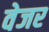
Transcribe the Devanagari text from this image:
वेजर